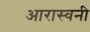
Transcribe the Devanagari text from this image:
आरास्वनी